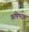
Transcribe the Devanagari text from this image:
ऋषिभदत्त